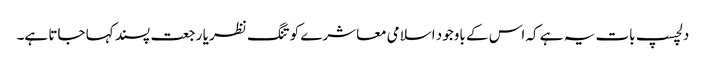
دلچسپ بات یہ ہے کہ اس کے باوجود اسلامی معاشرے کو تنگ نظر یا رجعت پسند کہا جاتا ہے۔